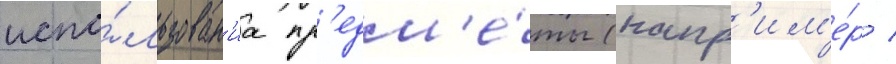
испо́льзован'иа пр'едм'е́ты (напр'им'е́р /